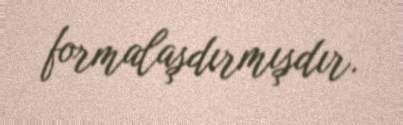
formalaşdırmışdır.